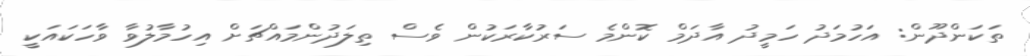
ތަކަންދޫން: އަހުމަދު ހަމީދު އާދަމް ކޮންމެ ސަރުކާރަކުން ވެސް ތިލަދުންމައްޗަށް އިހުމާލުވާ ވާހަކައަކީ